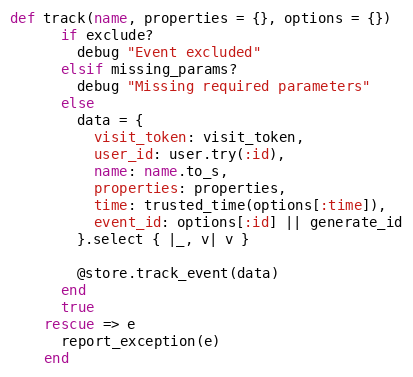
Language: Ruby
def track(name, properties = {}, options = {})
      if exclude?
        debug "Event excluded"
      elsif missing_params?
        debug "Missing required parameters"
      else
        data = {
          visit_token: visit_token,
          user_id: user.try(:id),
          name: name.to_s,
          properties: properties,
          time: trusted_time(options[:time]),
          event_id: options[:id] || generate_id
        }.select { |_, v| v }

        @store.track_event(data)
      end
      true
    rescue => e
      report_exception(e)
    end